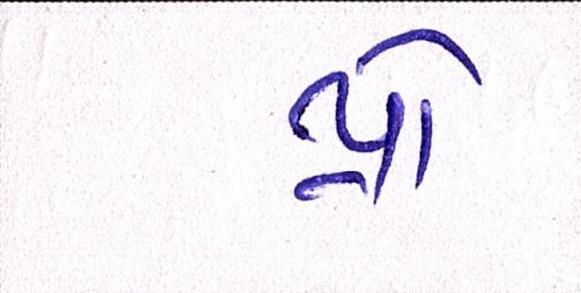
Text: પ્રો